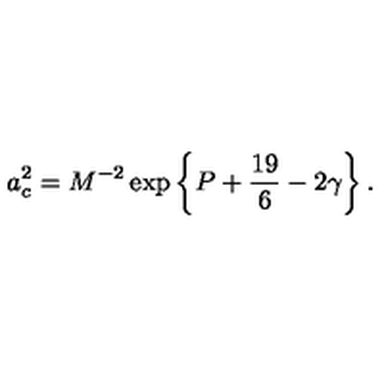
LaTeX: a _ { c } ^ { 2 } = M ^ { - 2 } \exp \left\{ P + { \frac { 1 9 } { 6 } } - 2 \gamma \right\} .